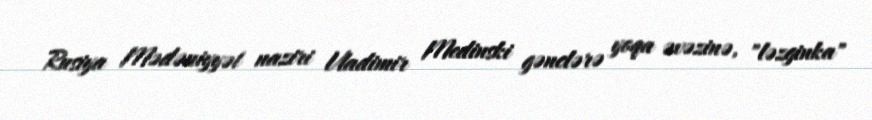
Rusiya Mədəniyyət naziri Vladimir Medinski gənclərə yoqa əvəzinə, "ləzginka"